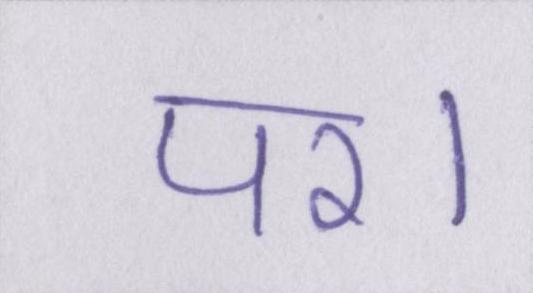
पर।